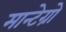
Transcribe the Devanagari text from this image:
मान्टेग्रो